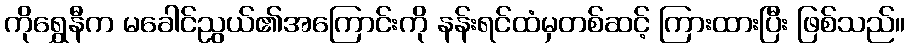
ကိုရွှေနီက မခေါင်ညွယ်၏အကြောင်းကို နန်းရင်ထံမှတစ်ဆင့် ကြားထားပြီး ဖြစ်သည်။